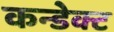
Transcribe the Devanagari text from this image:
कन्डेक्ट